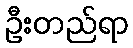
ဦးတည်ရာ